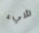
شيء